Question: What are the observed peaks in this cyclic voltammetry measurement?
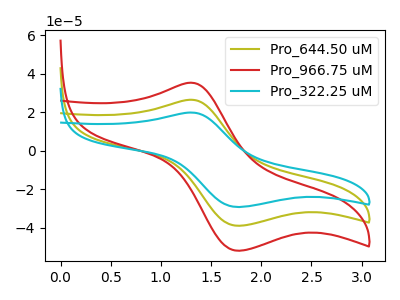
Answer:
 <answer>The olive curve "Pro_644.50 uM" has an anodic peak at (1.30V, 26.50uA) and a cathodic peak at (1.80V, -38.90uA). The red curve "Pro_966.75 uM" has an anodic peak at (1.30V, 53.05uA) and a cathodic peak at (1.80V, -77.75uA). The cyan curve "Pro_322.25 uM" has an anodic peak at (1.30V, 19.90uA) and a cathodic peak at (1.80V, -29.15uA).</answer>
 <eval></eval>